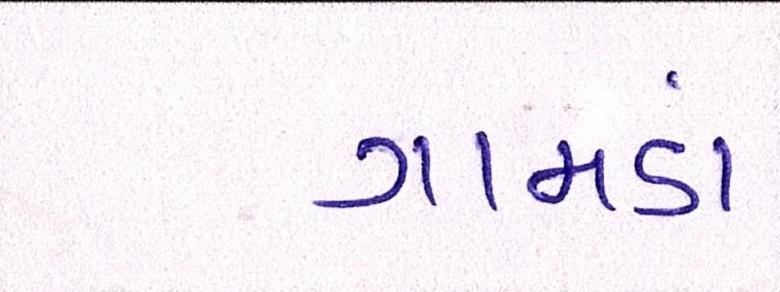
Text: ગામડાં